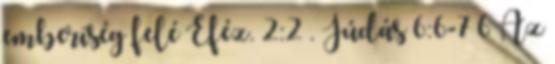
emberiség felé Eféz. 2:2 . Júdás 6:6-7 6 Az